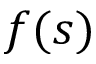
f ( s )